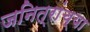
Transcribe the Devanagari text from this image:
जनित्रांच्या